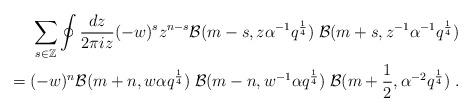
LaTeX: \begin{align*}\sum_{s \in \mathbb{Z}} \oint \frac{dz}{2 \pi i z} (-w)^s z^{n-s}\mathcal{B}(m-s,z\alpha^{-1}q^{\frac14}) \; \mathcal{B}(m+s,z^{-1}\alpha^{-1}q^{\frac14}) \\ =(-w)^n\mathcal{B}(m+n,w\alpha q^{\frac14}) \; \mathcal{B}(m-n,w^{-1}\alpha q^{\frac14}) \; \mathcal{B}(m+\frac12,\alpha^{-2}q^{\frac14}) \; .\end{align*}